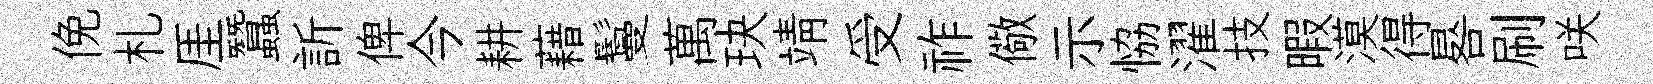
俛札厓蠶訢俾今耕藉鬘萬玦靖受祚儆示恊濯技暇漠得晷刷咲